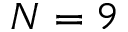
N = 9